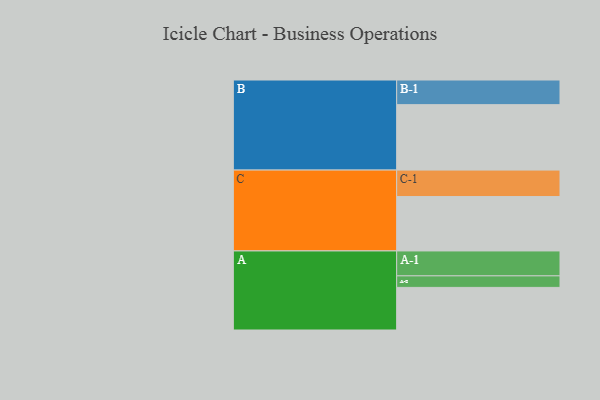
{"axis": {"x": "Segment", "y": "Value"}, "legend": ["", "A", "B", "C"], "data": [{"x": "A", "y": 325, "type": ""}, {"x": "B", "y": 499, "type": ""}, {"x": "C", "y": 415, "type": ""}, {"x": "A-1", "y": 190, "type": "A"}, {"x": "A-2", "y": 88, "type": "A"}, {"x": "B-1", "y": 188, "type": "B"}, {"x": "C-1", "y": 202, "type": "C"}]}